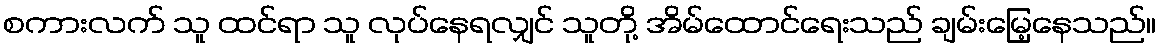
စကားလက် သူ ထင်ရာ သူ လုပ်နေရလျှင် သူတို့ အိမ်ထောင်ရေးသည် ချမ်းမြေ့နေသည်။